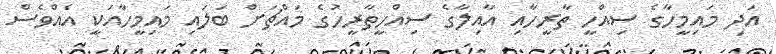
އަދި މައިމީހާގެ ސިއްހީ ތާރީހާއި އާއިލާގެ ސިއްހީތާރީހުގެ މައްޗަށް ބަލައި މައިމީހާއަކީ އެއްވެސް